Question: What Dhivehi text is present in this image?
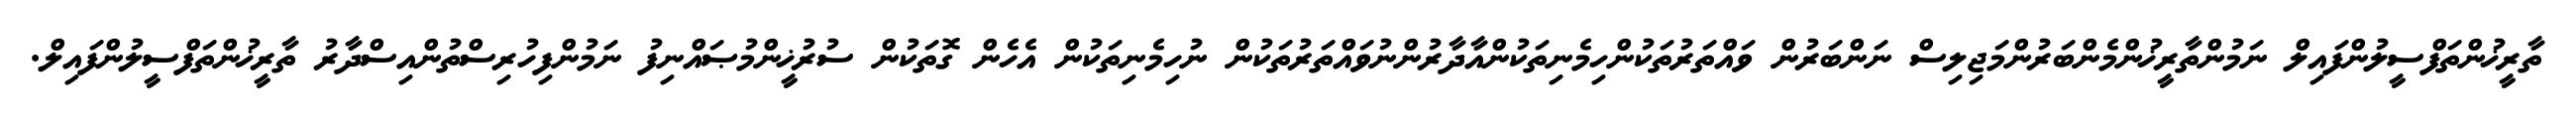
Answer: ތާރީޚުންތަފްސީލުންފައިލް ނަމުންތާރީޚުންމެންބަރުންމަޖިލިސް ނަންބަރުން ވައްތަރުތަކުންހިމެނިތަކުންއާދާރުންނުވައްތަރުތަކުން ނުހިމެނިތަކުން އެހެން ގޮތަކުން ސުރުޚީންމުޞައްނިފު ނަމުންފިހުރިސްތުންއިސްދާރު ތާރީޚުންތަފްސީލުންފައިލް.